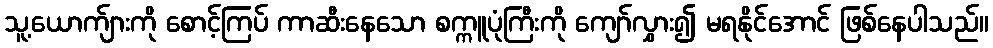
သူ့ယောက်ျားကို စောင့်ကြပ် ကာဆီးနေသော စက္ကူပုံကြီးကို ကျော်လွှား၍ မရနိုင်အောင် ဖြစ်နေပါသည်။